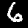
Label: 6